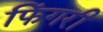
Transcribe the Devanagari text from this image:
फिंगरी